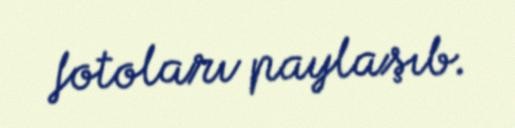
fotoları paylaşıb.